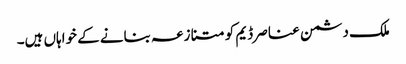
ملک دشمن عناصر ڈیم کو متنازعہ بنانے کے خواہاں ہیں۔